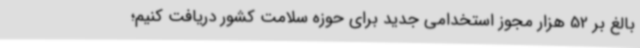
بالغ بر 52 هزار مجوز استخدامی جدید برای حوزه سلامت کشور دریافت کنیم؛